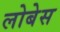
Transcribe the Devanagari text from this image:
लोबेस